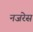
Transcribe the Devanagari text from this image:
नजरेेस